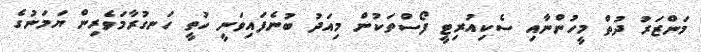
މަންޒަރު ދުތް މީހުންނާއި ސެކިއުރިޓީ ފޯސްތަކުން މިއަދު ބުނެފައިވަނީ ހުތީ ހަނގުރާމަވެރިން ޔަމަނުގެ